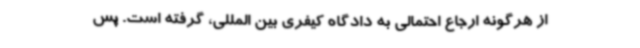
از هرگونه ارجاع احتمالی به دادگاه کیفری بین المللی، گرفته است. پس